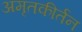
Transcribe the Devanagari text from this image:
अमृतकीर्तन